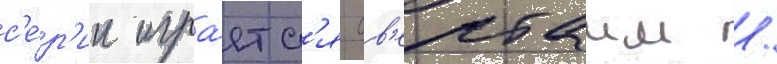
с'е́р'ии игра́етс'я ов'ертаим /